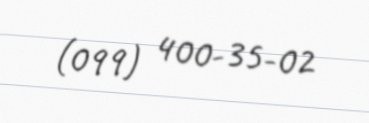
(099) 400-35-02